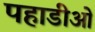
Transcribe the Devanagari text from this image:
पहाडीओं